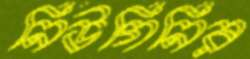
নিউগিনির